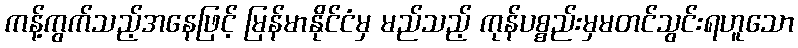
ကန့်ကွက်သည့်အနေဖြင့် မြန်မာနိုင်ငံမှ မည်သည့် ကုန်ပစ္စည်းမှမတင်သွင်းရဟူသော